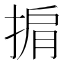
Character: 掮